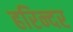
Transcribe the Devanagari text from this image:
हरिन्दर